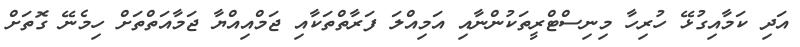
އަދި ކަމާއިގުޅޭ ހުރިހާ މިނިސްޓްރީތަކުންނާއި އަމިއްލަ ފަރާތްތަކާއި ޖަމްއިއްޔާ ޖަމާއަތްތަށް ހިމެނޭ ގޮތަށް